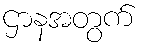
ဌာနအတွက်